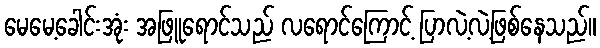
မေမေ့ခေါင်းအုံး အဖြူရောင်သည် လရောင်ကြောင့် ပြာလဲ့လဲ့ဖြစ်နေသည်။